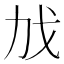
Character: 𫻧